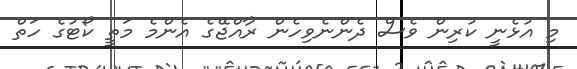
މި އުޅެނީ ކުރިން ވެސް ދެންނެވިހެން ރާއްޖޭގެ އެންމެ މަތީ ކޯޓުގެ ހަތް